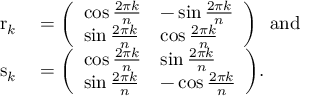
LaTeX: \begin{array} { r l } { \mathrm { r } _ { k } } & { { } = { \left( \begin{array} { l l } { \cos { \frac { 2 \pi k } { n } } } & { - \sin { \frac { 2 \pi k } { n } } } \\ { \sin { \frac { 2 \pi k } { n } } } & { \cos { \frac { 2 \pi k } { n } } } \end{array} \right) } \ \ { \mathrm { a n d } } } \\ { \mathrm { s } _ { k } } & { { } = { \left( \begin{array} { l l } { \cos { \frac { 2 \pi k } { n } } } & { \sin { \frac { 2 \pi k } { n } } } \\ { \sin { \frac { 2 \pi k } { n } } } & { - \cos { \frac { 2 \pi k } { n } } } \end{array} \right) } . } \end{array}